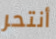
أنتحر